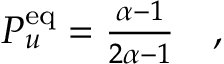
\begin{array} { r } { P _ { u } ^ { \mathrm { e q } } = \frac { \alpha - 1 } { 2 \alpha - 1 } \quad , } \end{array}